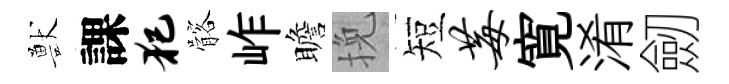
獸課犯髂岞瞻挽短莓寛淆劒